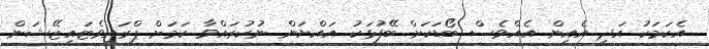
އެކަމަކު އަދި އެއިން އެއްވެސް ބޯޑަކަށް ބޭފުޅަކު އައްޔަން ނުކުރައްވާ ކަމަށް ޕްރައިވެޓައިޒޭޝަން